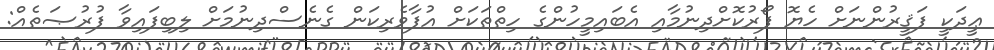
ޢީދަކީ ފަޤީރުންނަށް ހެޔޮ ފޯރުކޮށްދިނުމާއި އެބައިމީހުންގެ ހިތްތަކަށް އުފާވެރިކަން ގެނެސްދިނުމަށް ލިބިފައިވާ ފުރުޞަތެއް: